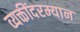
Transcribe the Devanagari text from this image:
व्यक्तींदरम्यान